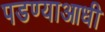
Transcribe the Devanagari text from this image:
पडण्याआधी